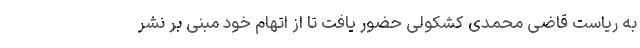
به ریاست قاضی محمدی کشکولی حضور یافت تا از اتهام خود مبنی بر نشر